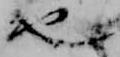
也